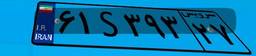
۶۱S۳۹۳۲۷